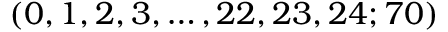
( 0 , 1 , 2 , 3 , \dots , 2 2 , 2 3 , 2 4 ; 7 0 )